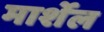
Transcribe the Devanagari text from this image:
मार्शेल